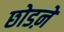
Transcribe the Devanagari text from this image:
छोडऩे